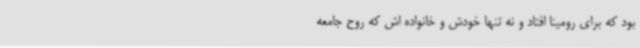
بود که برای رومینا افتاد و نه تنها خودش و خانواده اش که روح جامعه